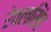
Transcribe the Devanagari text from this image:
रेवलसिंह